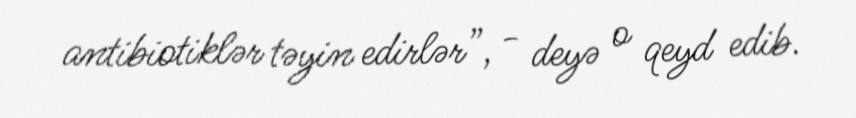
antibiotiklər təyin edirlər”, - deyə o qeyd edib.